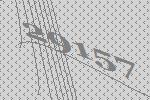
29157